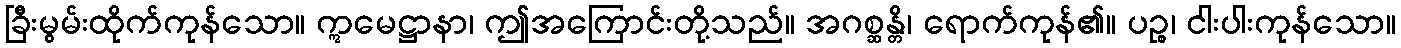
ခြီးမွမ်းထိုက်ကုန်သော။ ဣမေဋ္ဌာနာ၊ ဤအကြောင်းတို့သည်။ အဂစ္ဆန္တိ၊ ရောက်ကုန်၏။ ပဉ္စ၊ ငါးပါးကုန်သော။